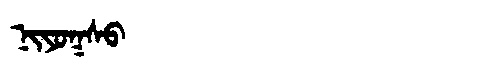
Manchu: ᠨᡳᠶᠣᡴᠰᠣ
Romanization: NIYOKSO